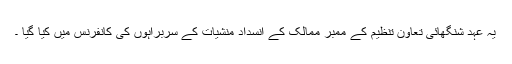
یہ عہد شنگھائی تعاون تنظیم کے ممبر ممالک کے انسداد منشیات کے سربراہوں کی کانفرنس میں کیا گیا ۔